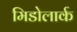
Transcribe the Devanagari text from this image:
मिडोलार्क